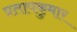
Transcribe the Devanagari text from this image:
प्रतापकुमार